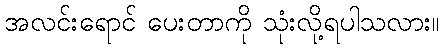
အလင်းရောင် ပေးတာကို သုံးလို့ရပါသလား။